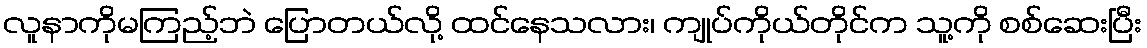
လူနာကိုမကြည့်ဘဲ ပြောတယ်လို့ ထင်နေသလား၊ ကျုပ်ကိုယ်တိုင်က သူ့ကို စစ်ဆေးပြီး